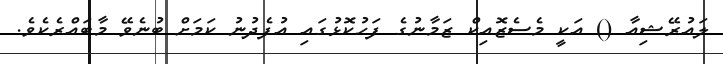
ލައުރޭޝިއާ () އަކީ މެސެޒޮއިކް ޒަމާނުގެ ފަހުކޮޅުގައި އުފެދުނު ކަމަށް ބުނެވޭ މާބައްރެކެވެ.